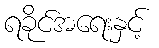
ရခိုင်အရေးနှင့်